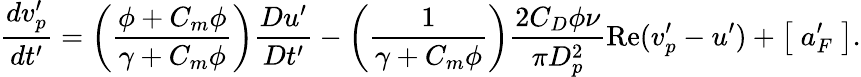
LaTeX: \frac{dv_{p}^{\prime}}{dt^{\prime}}=\left(\frac{\phi+C_{m}\phi}{\gamma+C_{m}\phi}\right)\frac{Du^{\prime}}{Dt^{\prime}}-\left(\frac{1}{\gamma+C_{m}\phi}\right)\frac{2C_{D}\phi\nu}{\pi D_{p}^{2}}\mathrm{Re}(v_{p}^{\prime}-u^{\prime})+\left[\; a_{F}^{\prime}\; \right].